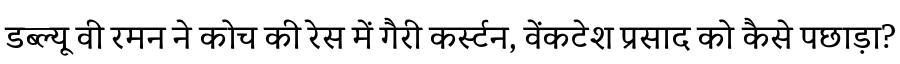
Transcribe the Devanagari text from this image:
डब्ल्यू वी रमन ने कोच की रेस में गैरी कर्स्टन, वेंकटेश प्रसाद को कैसे पछाड़ा?